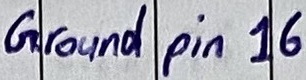
Text: Ground pin 16